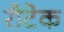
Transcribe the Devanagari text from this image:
रीटेक